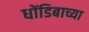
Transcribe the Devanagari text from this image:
धोंडिबाच्या